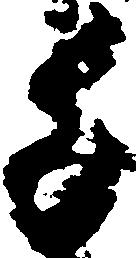
千